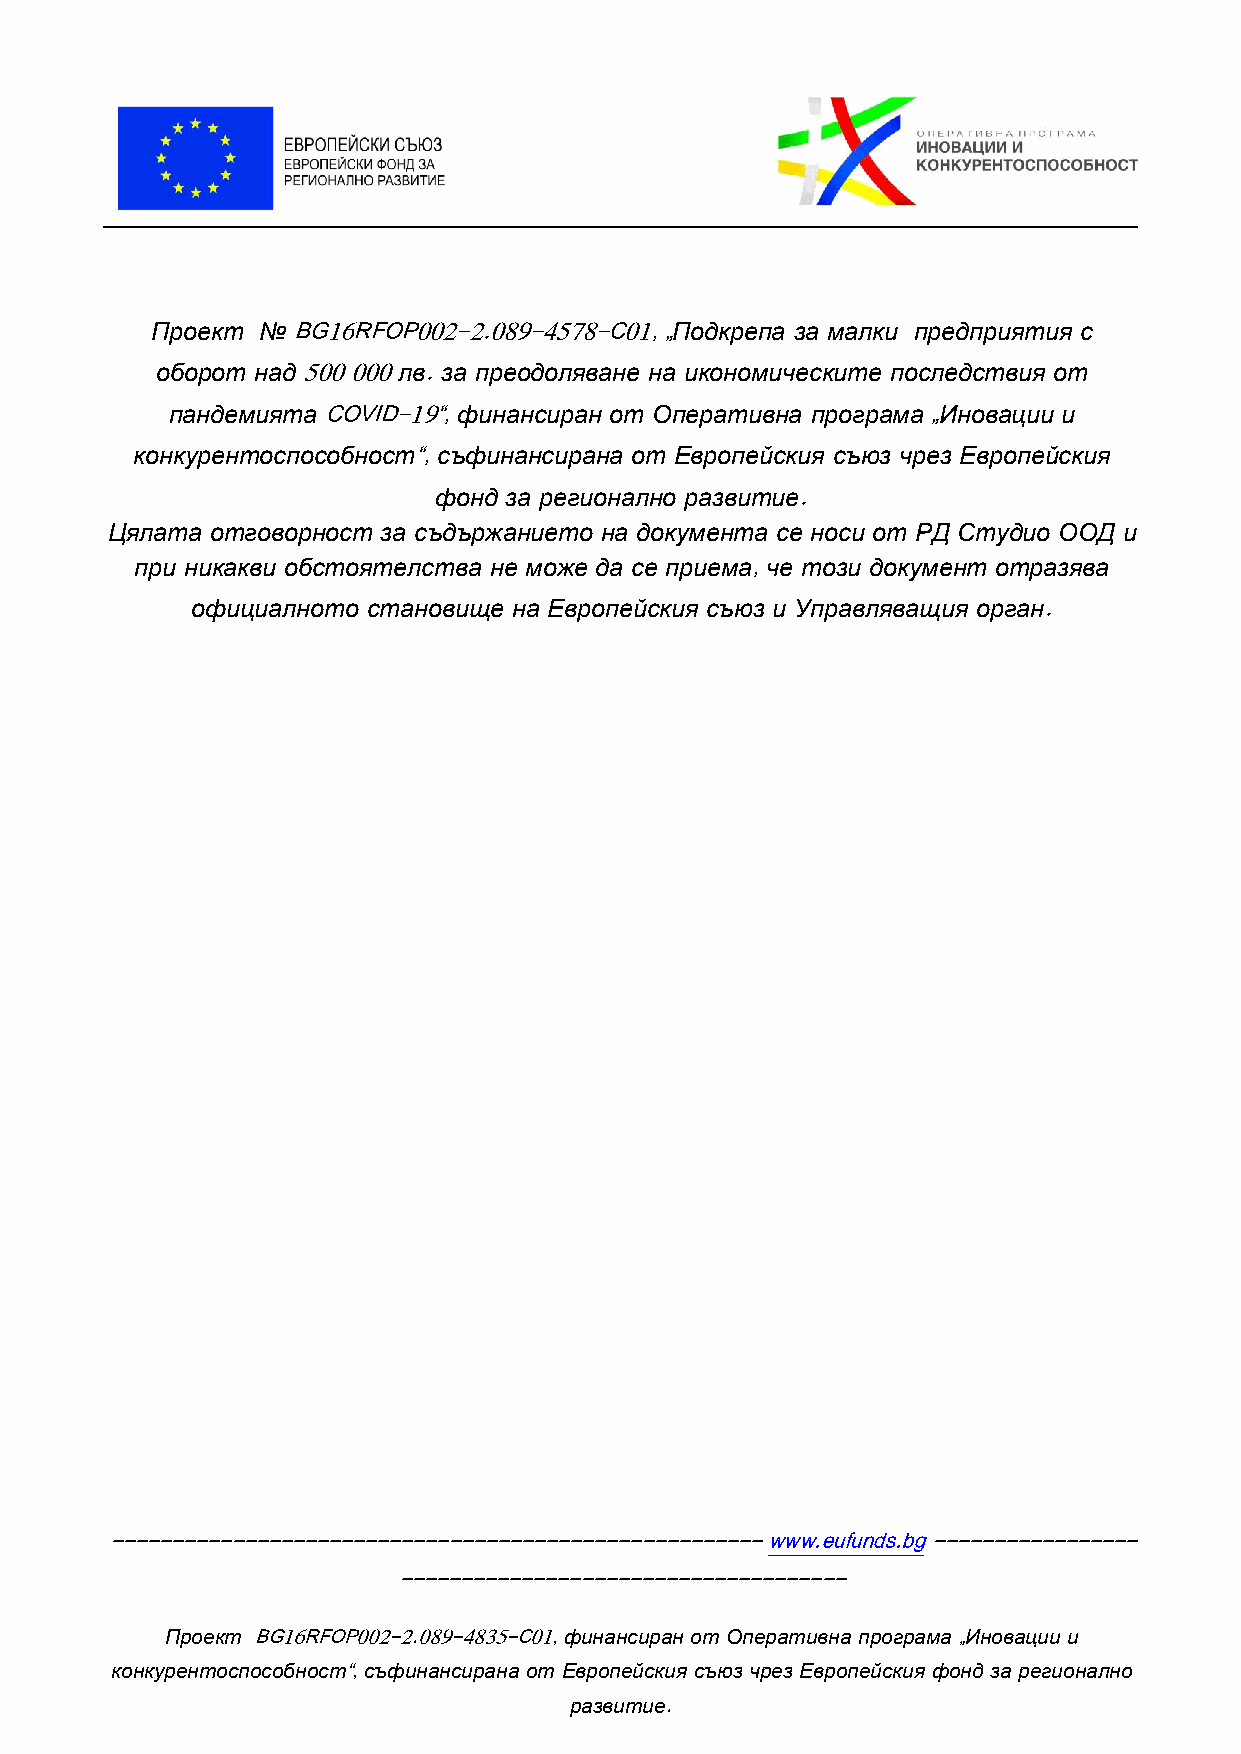
Проект №BG16RFOP002-2.089-4578-C01,„Подкрепа за малки предприятия с
 оборот над500000лв.за преодоляване на икономическите последствия от
 пандемиятаCOVID-19“,финансиран от Оперативна програма„Иновации и
 конкурентоспособност“,съфинансирана от Европейския съюз чрез Европейския
 фонд за регионално развитие.
 Цялата отговорност за съдържанието на документа се носи от РД Студио ООД и
 при никакви обстоятелства не може да се приема,че този документ отразява
 официалното становище на Европейския съюз и Управляващия орган.
 ------------------------------------------------------www.eufunds.bg-----------------
 -------------------------------------
 Проект BG16RFOP002-2.089-4835-C01,финансиран от Оперативна програма„Иновации и
 конкурентоспособност“,съфинансирана от Европейския съюз чрез Европейския фонд за регионално
 развитие.